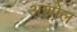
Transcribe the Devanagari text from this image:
अशोल